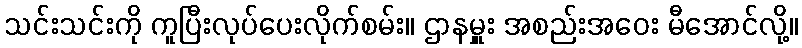
သင်းသင်းကို ကူပြီးလုပ်ပေးလိုက်စမ်း။ ဌာနမှူး အစည်းအဝေး မီအောင်လို့။